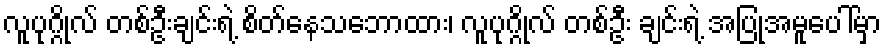
လူပုဂ္ဂိုလ် တစ်ဦးချင်းရဲ့ စိတ်နေသဘောထား၊ လူပုဂ္ဂိုလ် တစ်ဦး ချင်းရဲ့ အပြုအမူပေါ်မှာ